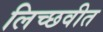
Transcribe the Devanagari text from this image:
लिच्छवीत